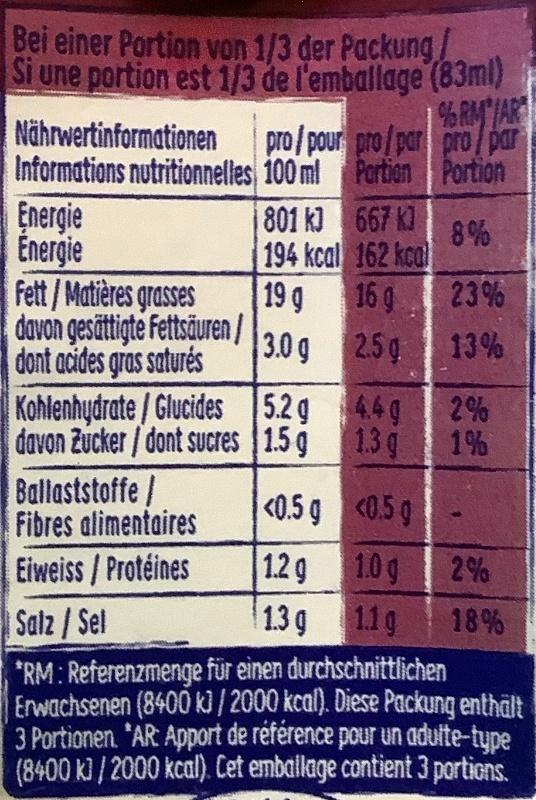
Bei einer Portion von 1/3 der Packung/ Si une portion est 1/3 de l'emballage (83ml)
Nährwertinformationen
%RM /AR pro/pour pro/par pro/par
Informations nutritionnelles 100 ml Partien Portion 801 kJ 667 K)
Energie Energie Fett /Matières grasses davon gesättigte Fettsäuren / dont acides gras saturés
8% 194 kcal 162 kca) 23%
19 g
16 9
3.0g 2.5g
13%
Kohlenhydrate/ Glucides 5.2 g davon Zucker/ dont sUcres 1.5 g
44g
2%
1.3 g
1%
Ballaststoffe/ Fibres alimentaires
<0.5 g 0.5g
1.2g 1.0g 13 g 119
Eiweiss/ Protéines
2%
Salz/Sel
1.1g
18%
*RM: Referenzmenge für einen durchschnittlichen Erwachsenen (8400 k] / 2000 kcal). Diese Packung enthält 3 Portionen. "AR Apport de référence pour un adulte-type (8400 k) / 2000 kcal). Cet emballage contient 3 portions.